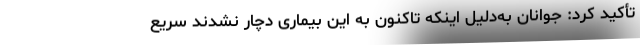
تأکید کرد: جوانان به‌دلیل اینکه تاکنون به این بیماری دچار نشدند سریع